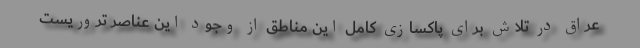
عراق در تلاش برای پاکسازی کامل این مناطق از وجود این عناصر تروریست